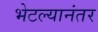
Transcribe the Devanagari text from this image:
भेटल्यानंतर